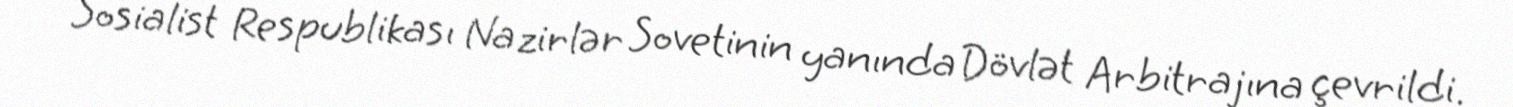
Sosialist Respublikası Nazirlər Sovetinin yanında Dövlət Arbitrajına çevrildi.